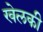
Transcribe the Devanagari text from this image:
खेलकी